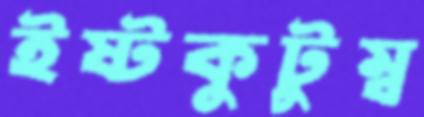
ইষ্টকুটুম্ব